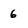
Character: 6